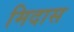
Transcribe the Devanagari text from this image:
मिदास